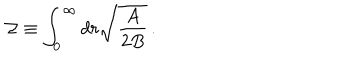
LaTeX: { \cal Z } \equiv \int _ { 0 } ^ { \infty } d r \sqrt { { \frac { A } { 2 B } } } \, .